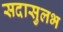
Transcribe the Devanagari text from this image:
सदासुलभ